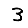
Digit: 3